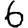
Digit: 6